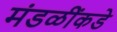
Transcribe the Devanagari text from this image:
मंडळींकडे